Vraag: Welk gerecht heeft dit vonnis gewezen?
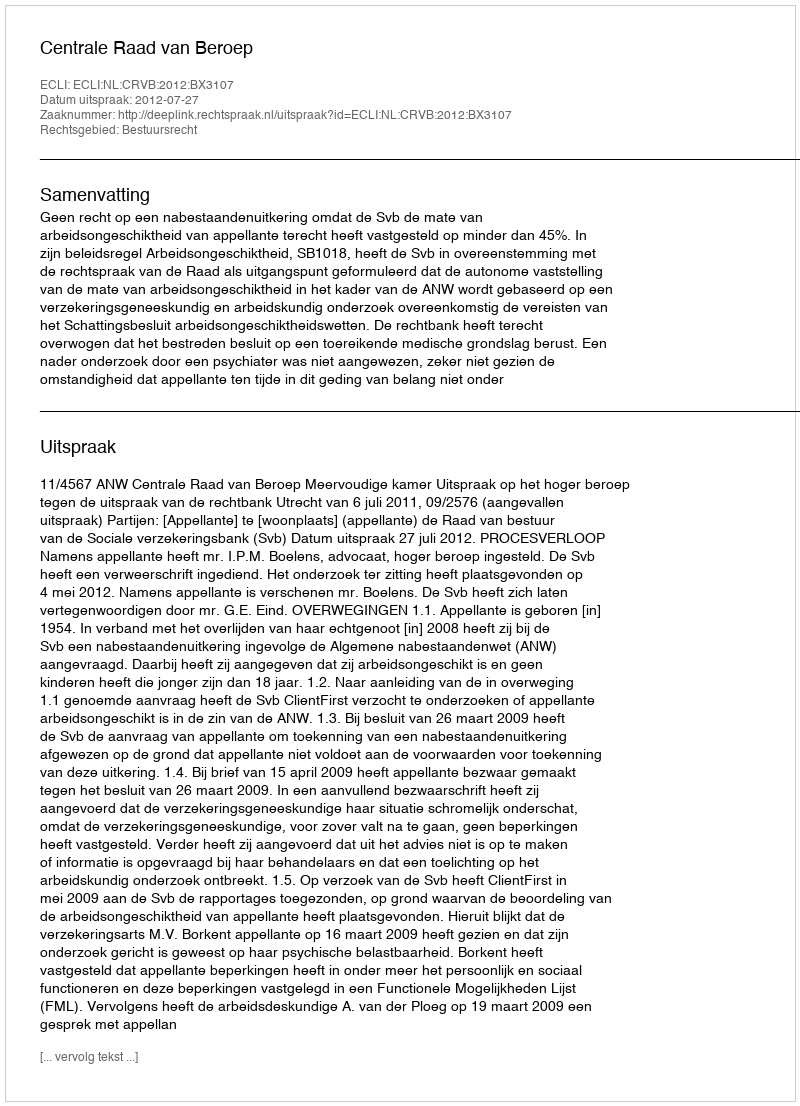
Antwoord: Centrale Raad van Beroep